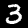
Label: 3